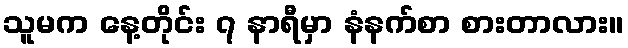
သူမက နေ့တိုင်း ၇ နာရီမှာ နံနက်စာ စားတာလား။